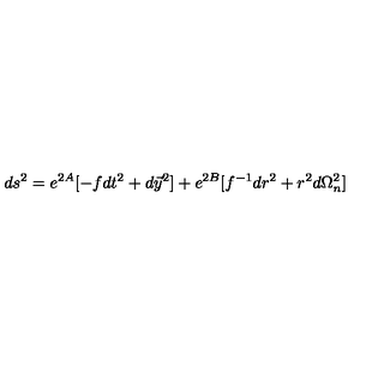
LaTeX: d s ^ { 2 } = e ^ { 2 A } [ - f d t ^ { 2 } + d \vec { y } ^ { 2 } ] + e ^ { 2 B } [ f ^ { - 1 } d r ^ { 2 } + r ^ { 2 } d \Omega _ { n } ^ { 2 } ]